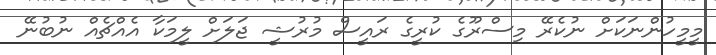
މީމީހުންނަކަށް ނުކެރޭ މިސްރޫގެ ކުރީގެ ރައީސް މުރުޝީ ޖަލަށް ލީމަކާ އެއްޗެއް ނުބުނޭ